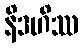
နိဒဟိဿ